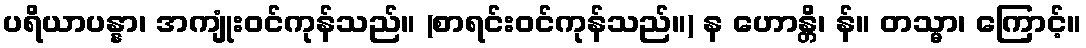
ပရိယာပန္နာ၊ အကျုံးဝင်ကုန်သည်။ (စာရင်းဝင်ကုန်သည်။) န ဟောန္တိ၊ န်။ တသ္မာ၊ ကြောင့်။